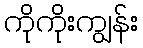
ကိုကိုးကျွန်း